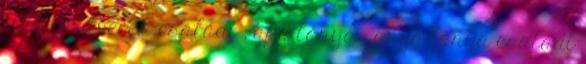
tini , testvérek családi , apa-lánya , anya-lánya családi